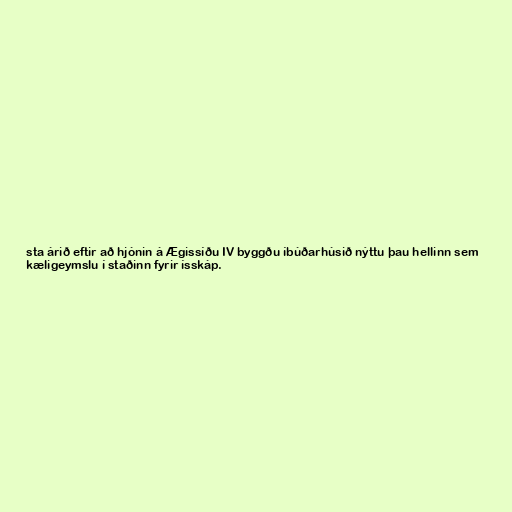
sta árið eftir að hjónin á Ægissíðu IV byggðu íbúðarhúsið nýttu þau hellinn sem
kæligeymslu í staðinn fyrir ísskáp.